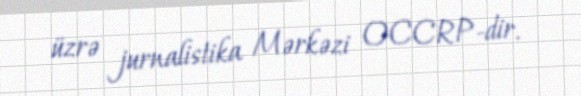
üzrə jurnalistika Mərkəzi OCCRP-dir.